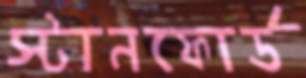
স্টানফোর্ড